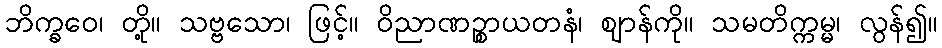
ဘိက္ခဝေ၊ တို့။ သဗ္ဗသော၊ ဖြင့်။ ဝိညာဏဉ္စာယတနံ၊ ဈာန်ကို။ သမတိက္ကမ္မ၊ လွန်၍။